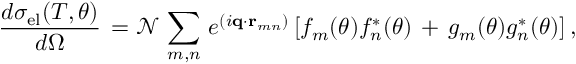
\frac { d \sigma _ { \mathrm { e l } } ( T , \theta ) } { d \Omega } \, = { \mathcal N } \, \sum _ { m , n } \, e ^ { ( i { \bf q } \cdot { \bf r } _ { m n } ) } \, [ f _ { m } ( \theta ) f _ { n } ^ { * } ( \theta ) \, + \, g _ { m } ( \theta ) g _ { n } ^ { * } ( \theta ) ] \, ,